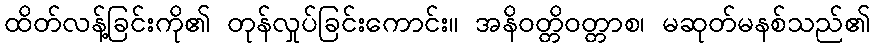
ထိတ်လန့်ခြင်းကို၏ တုန်လှုပ်ခြင်းကောင်း။ အနိဝတ္တိဝတ္တာစ၊ မဆုတ်မနစ်သည်၏